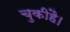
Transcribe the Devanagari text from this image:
चुकीहै।